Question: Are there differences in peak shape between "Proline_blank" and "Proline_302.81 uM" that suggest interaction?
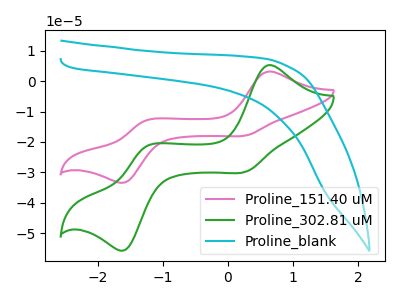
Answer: <think>The pink curve "Proline_151.40 uM" has anodic peaks at (0.65V, 3.15uA) (-1.25V, -12.90uA) and cathodic peaks at (0.30V, -17.85uA) (-1.60V, -33.30uA). The green curve "Proline_302.81 uM" has anodic peaks at (0.65V, 5.25uA) (-1.25V, -21.45uA) and cathodic peaks at (0.30V, -29.80uA) (-1.60V, -55.55uA). The cyan curve "Proline_blank" has no peaks.
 "Proline_blank" and "Proline_302.81 uM" have a different number of peaks.</think>
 <answer>Yes, "Proline_blank" and "Proline_302.81 uM" are different in shape.</answer>
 <eval>yes_change</eval>